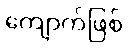
ကျောက်ဖြစ်